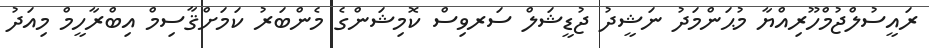
ރައީސުލްޖުމްހޫރިއްޔާ މުޙަންމަދު ނަޝީދު ޖުޑީޝަލް ސަރވިސް ކޮމިޝަންގެ މެންބަރު ކަމަށްޤާސިމް އިބްރާހީމް މިއަދު